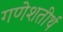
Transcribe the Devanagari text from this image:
गणेशतीर्थ